65_HS1-834228961_62-HQ-83894_Section_5
Agency: FBI
Page 49
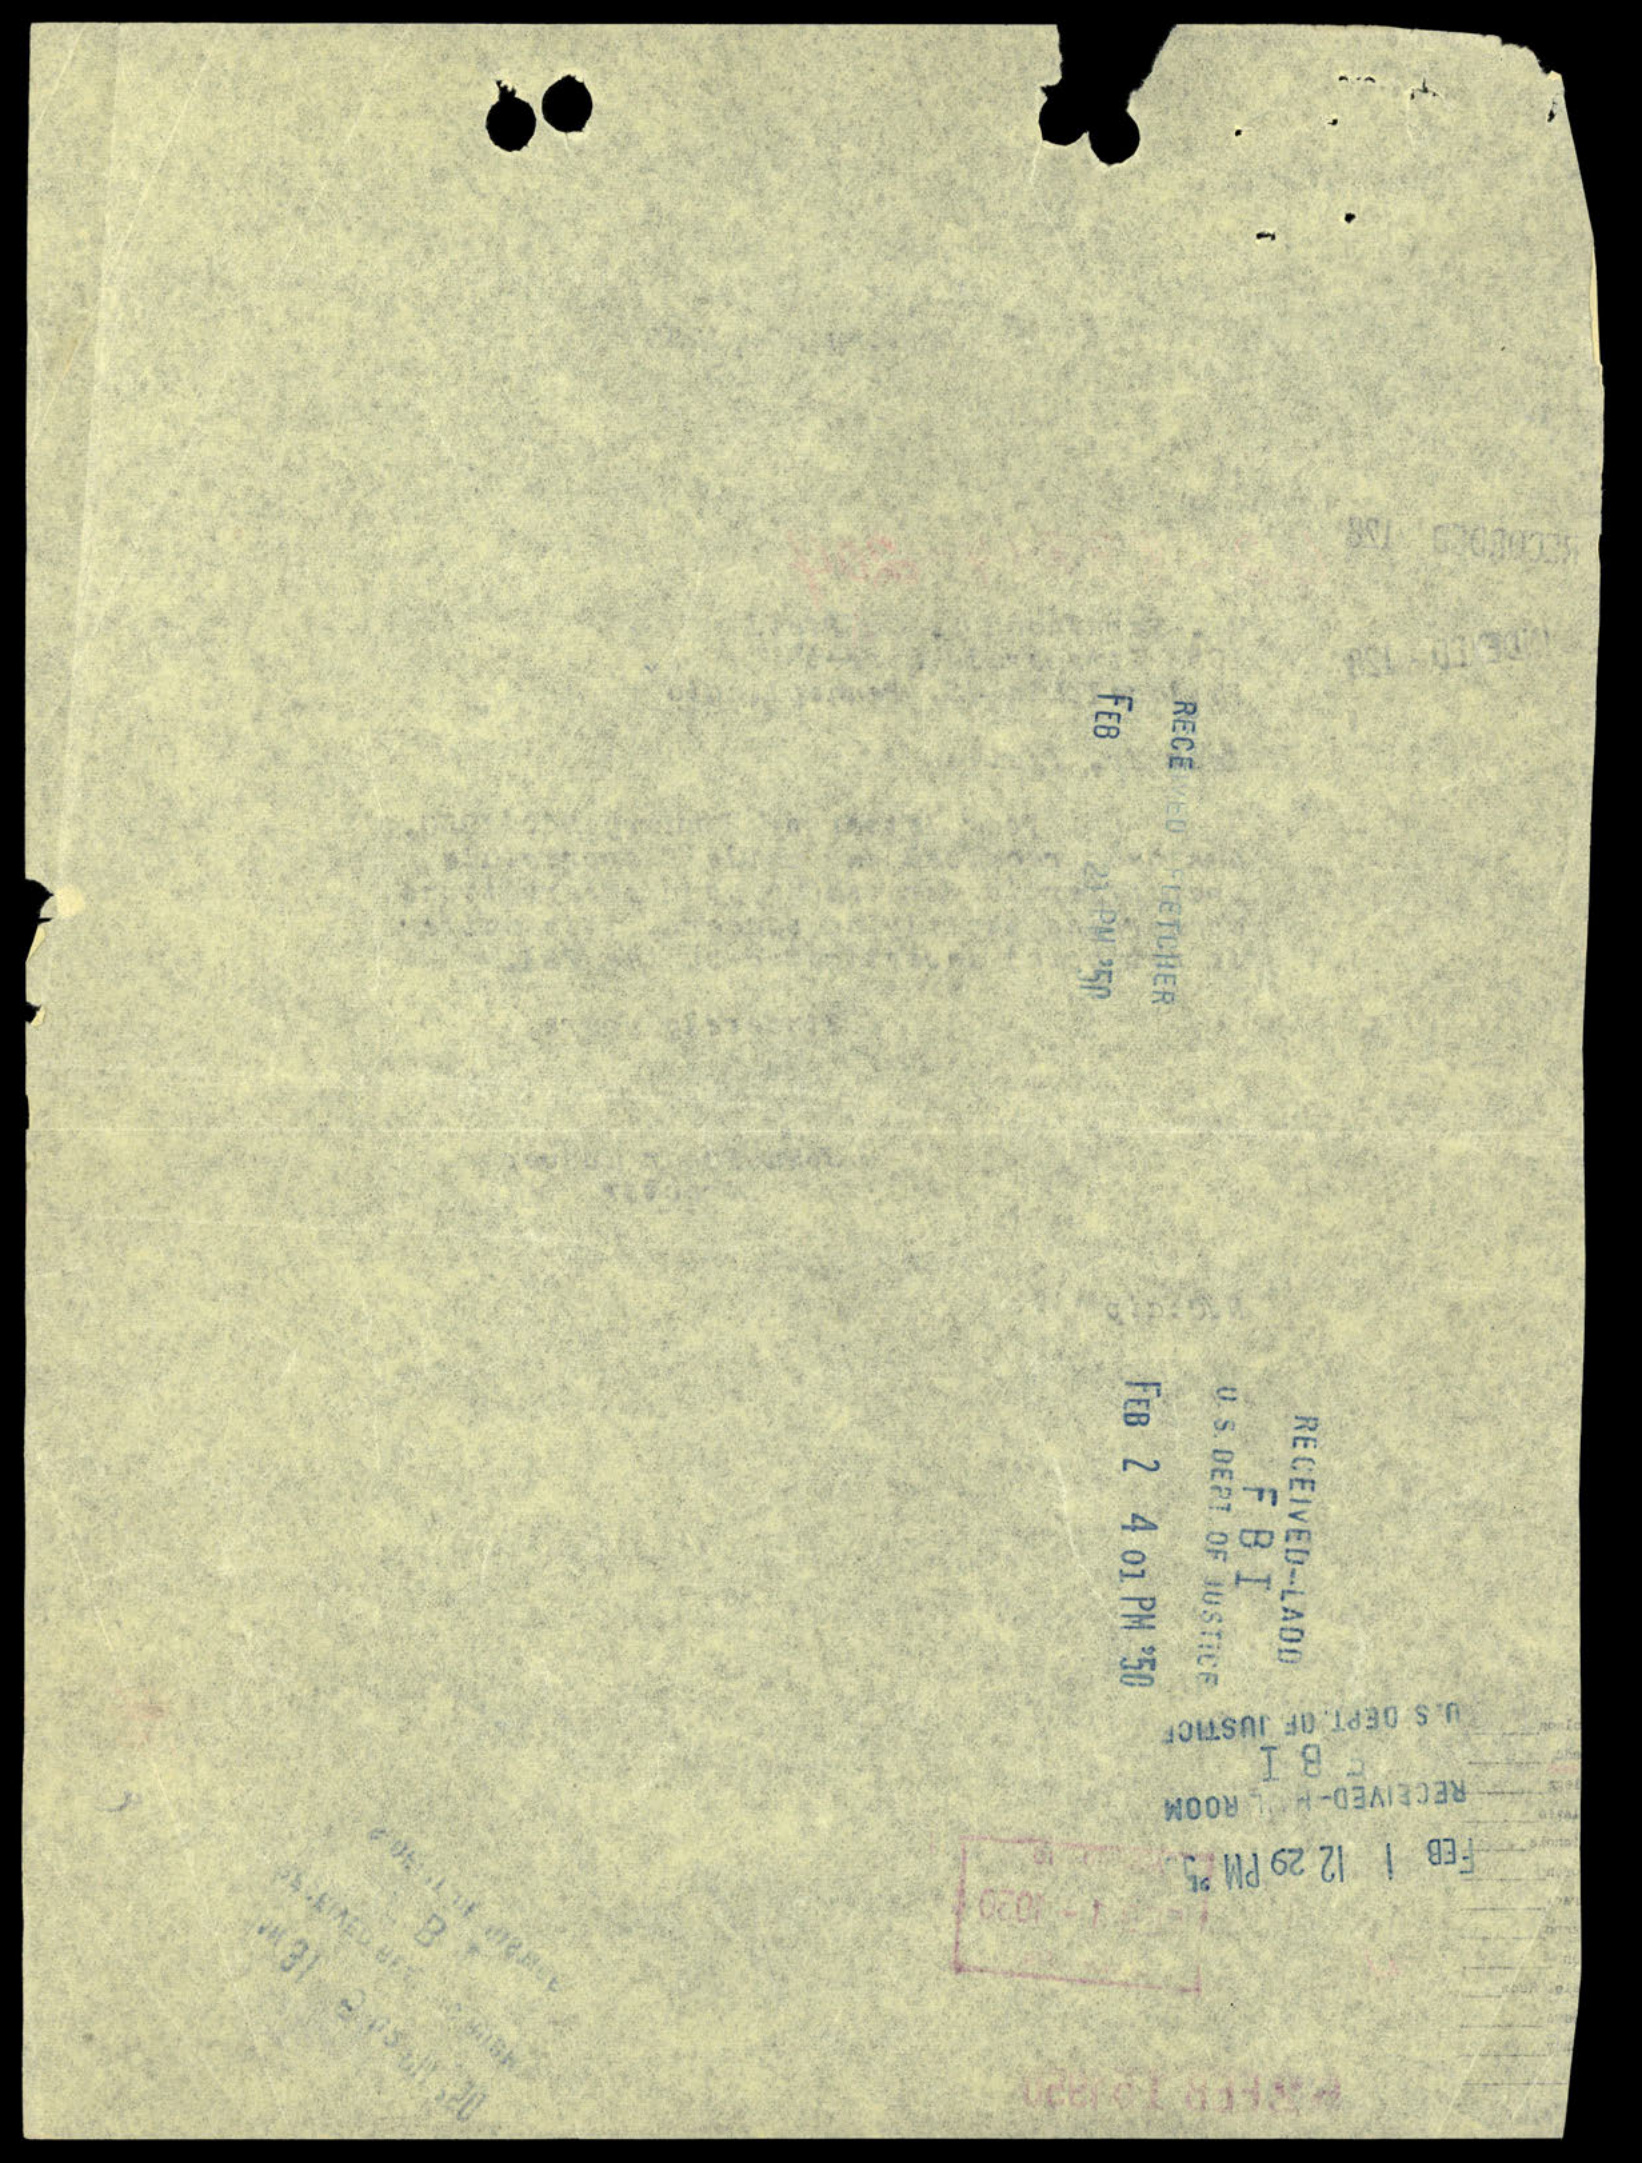